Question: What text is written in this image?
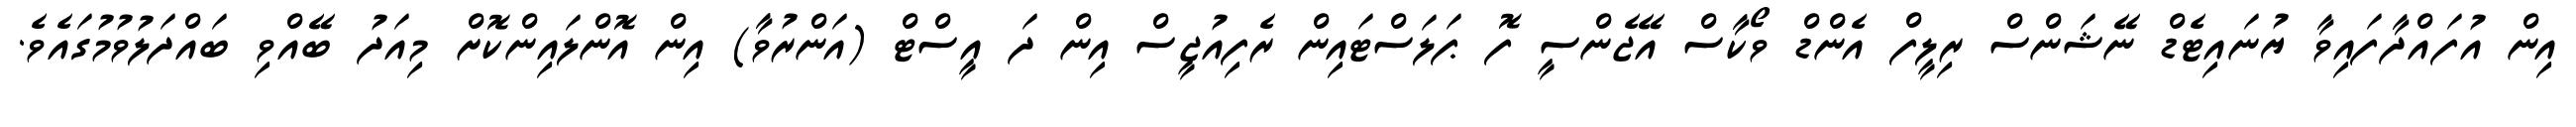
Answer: އިން އުފައްދާފައިވާ ޔުނައިޓެޑް ނޭޝަންސް ރިލީފް އެންޑް ވޯކާސް އޭޖެންސީ ފޮ ޕަލަސްޓައިން ރެފިއުޖީސް އިން ދަ އީސްޓް (އަންރުވާ) އިން އޮންލައިންކޮށް މިއަދު ބޭއްވި ބައްދަލުވުމުގައެވެ.